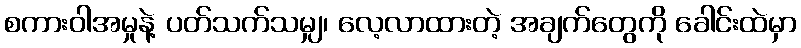
စကားဝါအမှုနဲ့ ပတ်သက်သမျှ၊ လေ့လာထားတဲ့ အချက်တွေကို ခေါင်းထဲမှာ